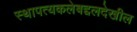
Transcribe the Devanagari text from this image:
स्थापत्यकलेबद्दलदेखील